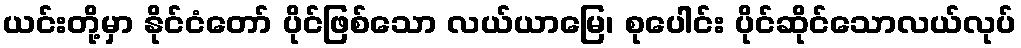
ယင်းတို့မှာ နိုင်ငံတော် ပိုင်ဖြစ်သော လယ်ယာမြေ၊ စုပေါင်း ပိုင်ဆိုင်သောလယ်လုပ်